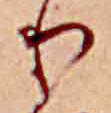
り